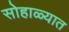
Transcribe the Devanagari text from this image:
सोहाळ्यात